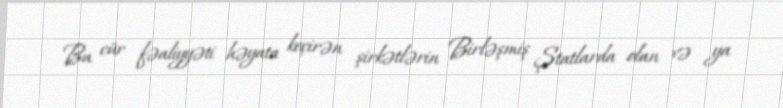
Bu cür fəaliyyəti həyata keçirən şirkətlərin Birləşmiş Ştatlarda olan və ya